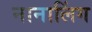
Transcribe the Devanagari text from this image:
नानालिंग